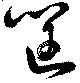
筐